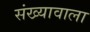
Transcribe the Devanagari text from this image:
संख्यावाला